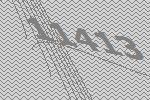
11413